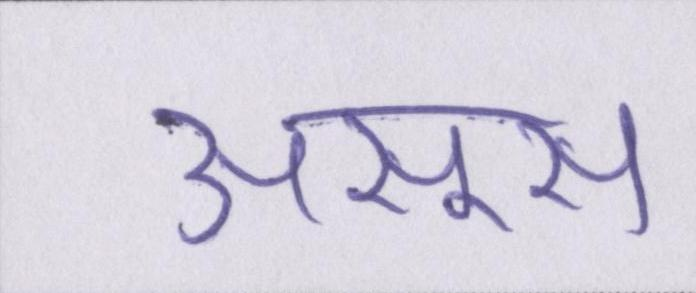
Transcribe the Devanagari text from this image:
असूस